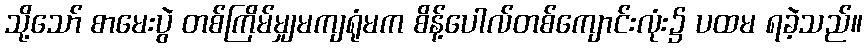
သို့သော် စာမေးပွဲ တစ်ကြိမ်မျှမကျရုံမက စိန့်ပေါလ်တစ်ကျောင်းလုံး၌ ပထမ ရခဲ့သည်။